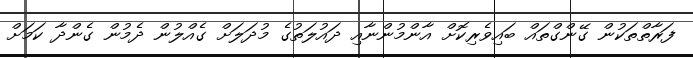
ފަރާތްތަކުން ގޭންގްތައް ބައިވެރިކޮށް އާންމުންނާއި ދައުލަތުގެ މުދަލަށް ގެއްލުން ދެމުން ގެންދާ ކަމަށް